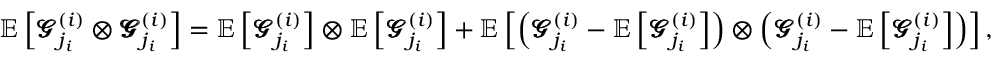
\mathbb { E } \left[ \pmb { \mathscr { G } } _ { j _ { i } } ^ { ( i ) } \otimes \pmb { \mathscr { G } } _ { j _ { i } } ^ { ( i ) } \right] = \mathbb { E } \left[ \pmb { \mathscr { G } } _ { j _ { i } } ^ { ( i ) } \right] \otimes \mathbb { E } \left[ \pmb { \mathscr { G } } _ { j _ { i } } ^ { ( i ) } \right] + \mathbb { E } \left[ \left( \pmb { \mathscr { G } } _ { j _ { i } } ^ { ( i ) } - \mathbb { E } \left[ \pmb { \mathscr { G } } _ { j _ { i } } ^ { ( i ) } \right] \right) \otimes \left( \pmb { \mathscr { G } } _ { j _ { i } } ^ { ( i ) } - \mathbb { E } \left[ \pmb { \mathscr { G } } _ { j _ { i } } ^ { ( i ) } \right] \right) \right] ,